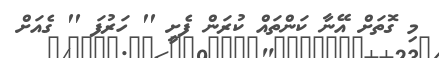
މި ގޮތަށް އޭނާ ކަންތައް ކުރަން ފެށީ '' ހަރުފަ '' ގެއަށް